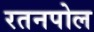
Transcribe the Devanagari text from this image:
रतनपोल